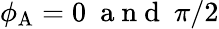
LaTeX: \phi_{\mathrm{A}}=0\ \mathrm{~a~n~d~}\ \pi/2